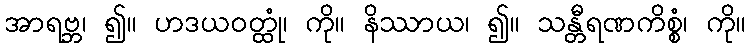
အာရဗ္ဘ၊ ၍။ ဟဒယဝတ္ထုံ၊ ကို။ နိဿာယ၊ ၍။ သန္တီရဏကိစ္စံ၊ ကို။